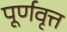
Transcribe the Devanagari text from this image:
पूर्णवृत्त